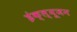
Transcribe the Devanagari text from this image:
इंक्ल्यूजन